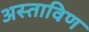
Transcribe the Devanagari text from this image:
अस्ताविण